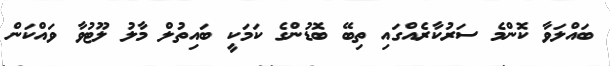
ބައްލަވާ ކޮންމެ ސަރުކާރެއްގައި ތިބޭ ބޮޑުންގެ ކަމަކީ ބައިތުލް މާލު ލޫޓުވާ ވައްކަން